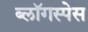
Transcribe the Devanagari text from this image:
ब्लॉगस्पेस